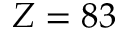
Z = 8 3